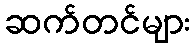
ဆက်တင်များ